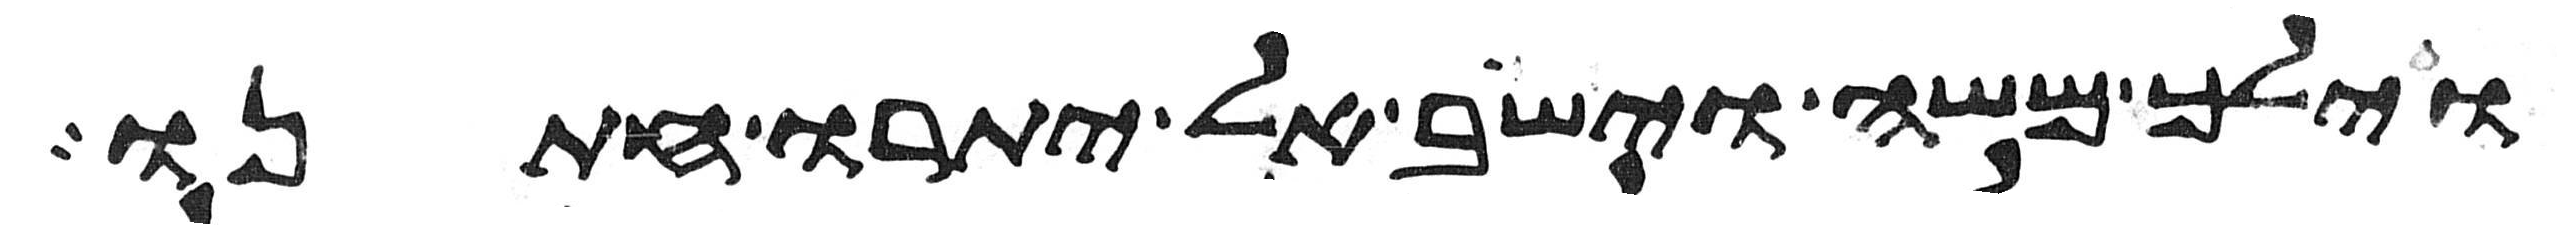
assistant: וילך משה וישב אל יתרו חתנו